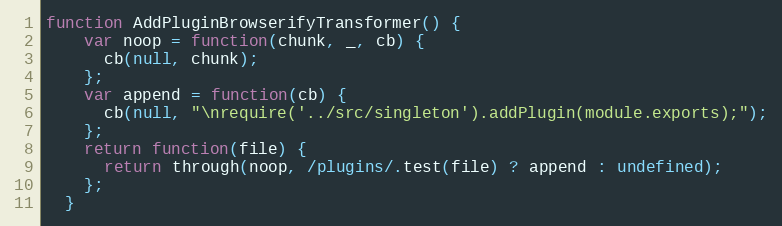
Language: JavaScript
function AddPluginBrowserifyTransformer() {
    var noop = function(chunk, _, cb) {
      cb(null, chunk);
    };
    var append = function(cb) {
      cb(null, "\nrequire('../src/singleton').addPlugin(module.exports);");
    };
    return function(file) {
      return through(noop, /plugins/.test(file) ? append : undefined);
    };
  }